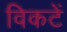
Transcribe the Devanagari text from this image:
विकटें